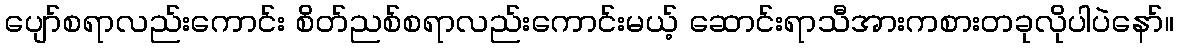
ပျော်စရာလည်းကောင်း စိတ်ညစ်စရာလည်းကောင်းမယ့် ဆောင်းရာသီအားကစားတခုလိုပါပဲနော်။